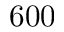
6 0 0